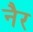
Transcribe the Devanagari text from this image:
नैर